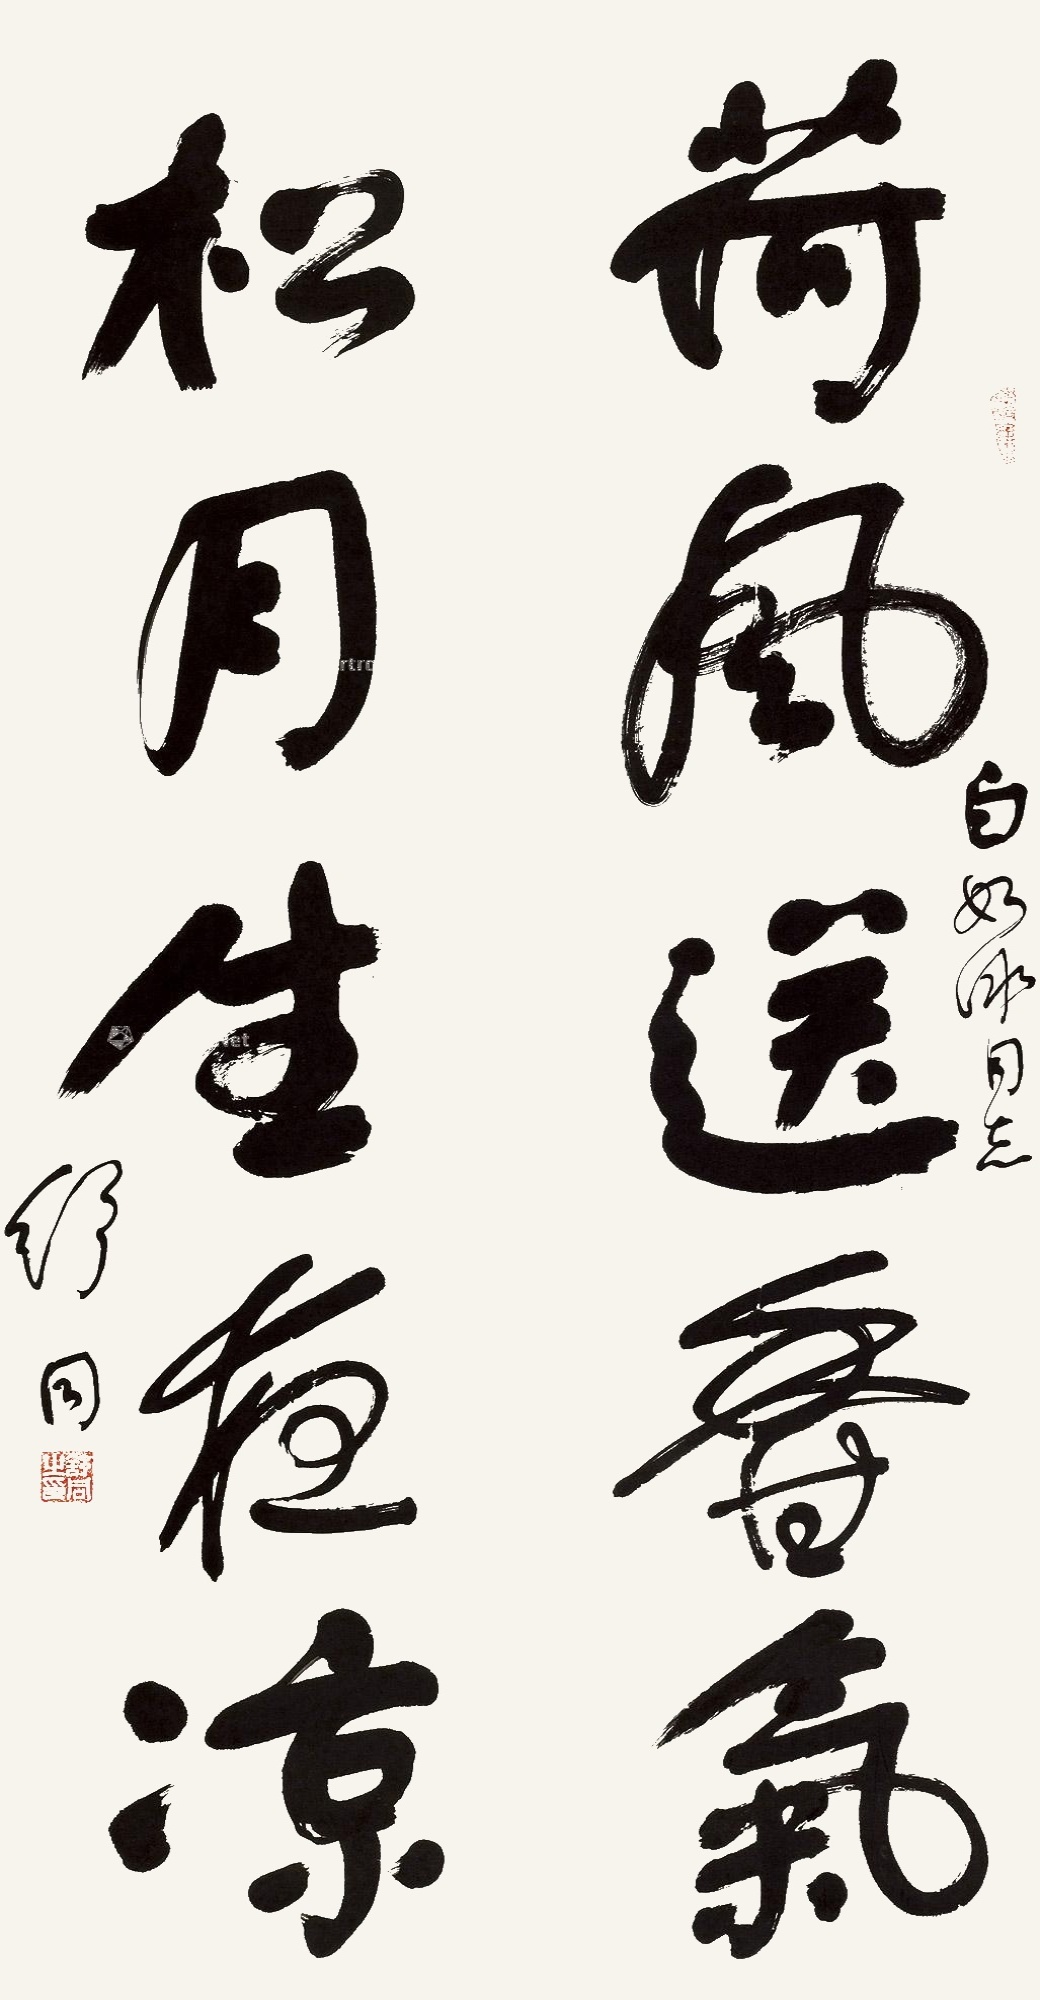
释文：荷风送香气，松月生夜凉。白如冰同志，舒同。